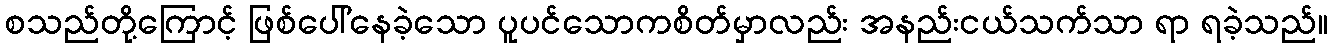
စသည်တို့ကြောင့် ဖြစ်ပေါ်နေခဲ့သော ပူပင်သောကစိတ်မှာလည်း အနည်းငယ်သက်သာ ရာ ရခဲ့သည်။